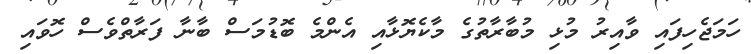
ހަމަޖެހިފައި ވާއިރު މުޅި މުބާރާތުގެ މާކެޔޮޅާއި އެންމެ ބޮޑުމަސް ބާނާ ފަރާތްވެސް ހޮވައި